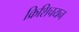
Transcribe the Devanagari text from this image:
क्रिशिचयन